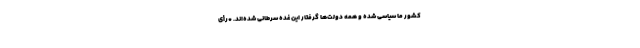
کشور ما سیاسی شده و همه دولت‌ها گرفتار این غده سرطانی شده‌اند. *رأی